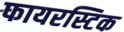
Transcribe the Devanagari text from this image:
फायरस्टिक